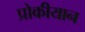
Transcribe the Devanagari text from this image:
प्रोकीयान